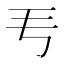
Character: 𬺵